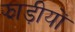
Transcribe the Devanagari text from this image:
झाड़ीयों